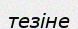
тезіне